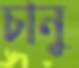
চানু